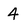
Character: 4